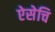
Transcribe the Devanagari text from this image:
ऐसेचि